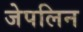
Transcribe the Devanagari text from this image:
जेपलिन